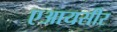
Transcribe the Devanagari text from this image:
एआयसीर